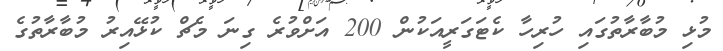
މުޅި މުބާރާތުގައި ހުރިހާ ކެޓަގަރީއަކުން 200 އަށްވުރެ ގިނަ މެޗް ކުޅޭއިރު މުބާރާތުގެ